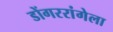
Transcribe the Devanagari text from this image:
डोंगररांगेला